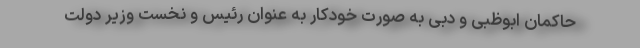
حاکمان ابوظبی و دبی به صورت خودکار به عنوان رئیس و نخست وزیر دولت